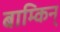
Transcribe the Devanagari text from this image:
बाम्किन्